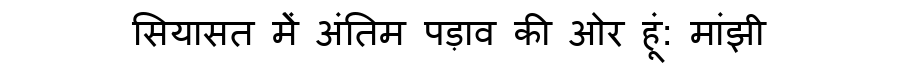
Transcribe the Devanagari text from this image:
सियासत मेें अंतिम पड़ाव की ओर हूं: मांझी